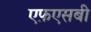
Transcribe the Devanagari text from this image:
एफ़एसबी